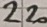
Text: 220